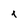
Character: 1